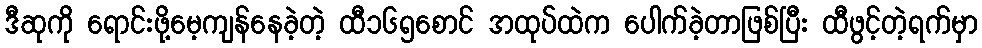
ဒီဆုကို ရောင်းဖို့မေ့ကျန်နေခဲ့တဲ့ ထီ၁၆၅စောင် အထုပ်ထဲက ပေါက်ခဲ့တာဖြစ်ပြီး ထီဖွင့်တဲ့ရက်မှာ